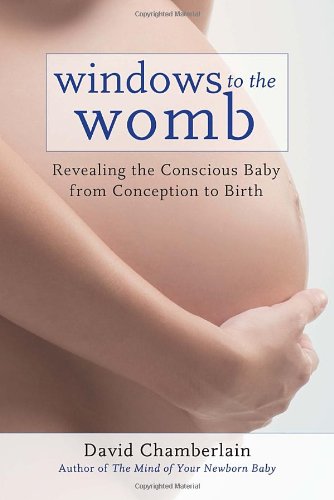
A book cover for Windows to the Womb: Revealing the Conscious Baby from Conception to Birth; David Chamberlain; Medical Books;